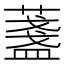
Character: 𦾟